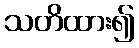
သတိထား၍